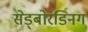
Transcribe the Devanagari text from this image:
सेड्बोरडिनग